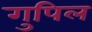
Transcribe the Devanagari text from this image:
गुपिल